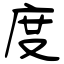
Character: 度